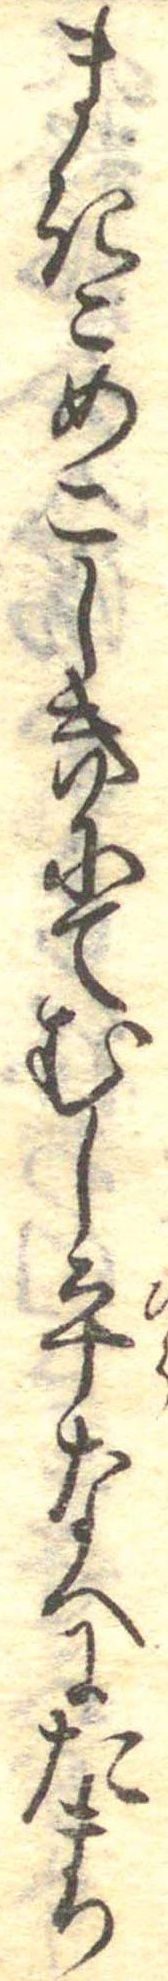
まきこめこしきにてむし平なへにたまり